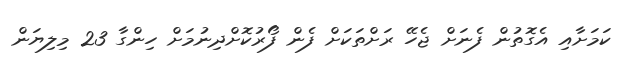
ކަމަށާއި އެގޮތުން ފެނަށް ޖެހޭ ރަށްތަކަށް ފެން ފޯރުކޮށްދިނުމަށް ހިންގާ 23 މިލިޔަން